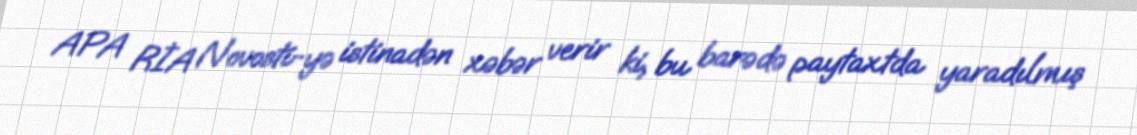
APA RİA Novosti-yə istinadən xəbər verir ki, bu barədə paytaxtda yaradılmış